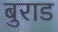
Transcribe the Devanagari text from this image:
बुराड